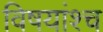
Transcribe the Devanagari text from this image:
विषयांश्च